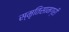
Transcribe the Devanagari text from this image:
स्मृतिसामग्री